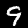
Digit: 9